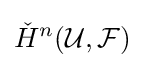
{\check {H}}^{n}({\mathcal {U}},{\mathcal {F}})